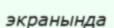
экранында